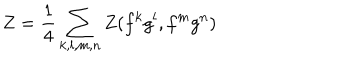
LaTeX: Z = { \frac { 1 } { 4 } } \sum _ { k , l , m , n } Z ( f ^ { k } g ^ { l } , f ^ { m } g ^ { n } )